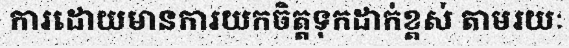
ការដោយមានការយកចិត្តទុកដាក់ខ្ពស់ តាមរយៈ